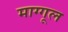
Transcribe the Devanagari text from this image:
माग्गूल